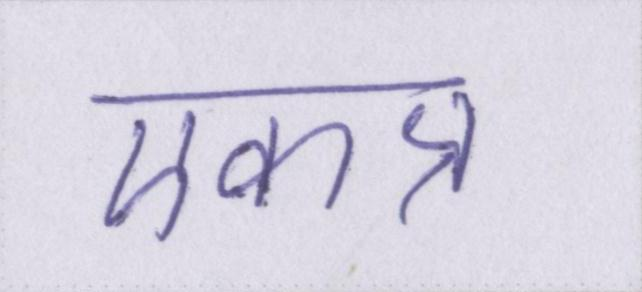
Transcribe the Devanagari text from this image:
एकत्र